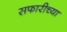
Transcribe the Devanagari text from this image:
सफारीच्या